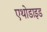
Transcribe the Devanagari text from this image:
एथोडाइड